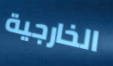
الخارجية